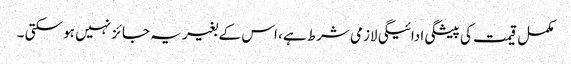
مکمل قیمت کی پیشگی ادائیگی لازمی شرط ہے، اس کے بغیر یہ جائز نہیں ہو سکتی ۔